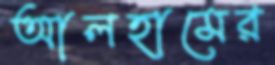
আলহামের